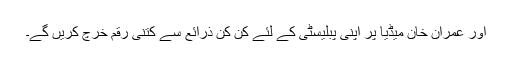
اور عمران خان میڈیا پر اپنی پبلیسٹی کے لئے کن کن ذرائع سے کتنی رقم خرچ کریں گے۔